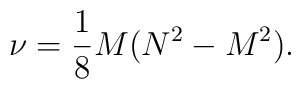
\nu ={1\over 8}M(N^2-M^2).